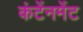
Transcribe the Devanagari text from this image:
कंटेंनमेंट